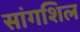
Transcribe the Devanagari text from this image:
सांगशिल